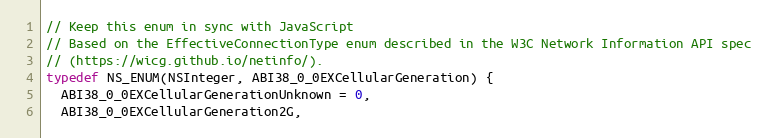
Language: C
// Keep this enum in sync with JavaScript
// Based on the EffectiveConnectionType enum described in the W3C Network Information API spec
// (https://wicg.github.io/netinfo/).
typedef NS_ENUM(NSInteger, ABI38_0_0EXCellularGeneration) {
  ABI38_0_0EXCellularGenerationUnknown = 0,
  ABI38_0_0EXCellularGeneration2G,